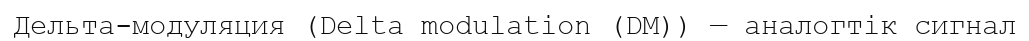
Дельта-модуляция (Delta modulation (DM)) — аналогтік сигнал